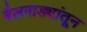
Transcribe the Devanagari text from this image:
बैलगाड्यांतून